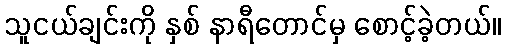
သူငယ်ချင်းကို နှစ် နာရီတောင်မှ စောင့်ခဲ့တယ်။